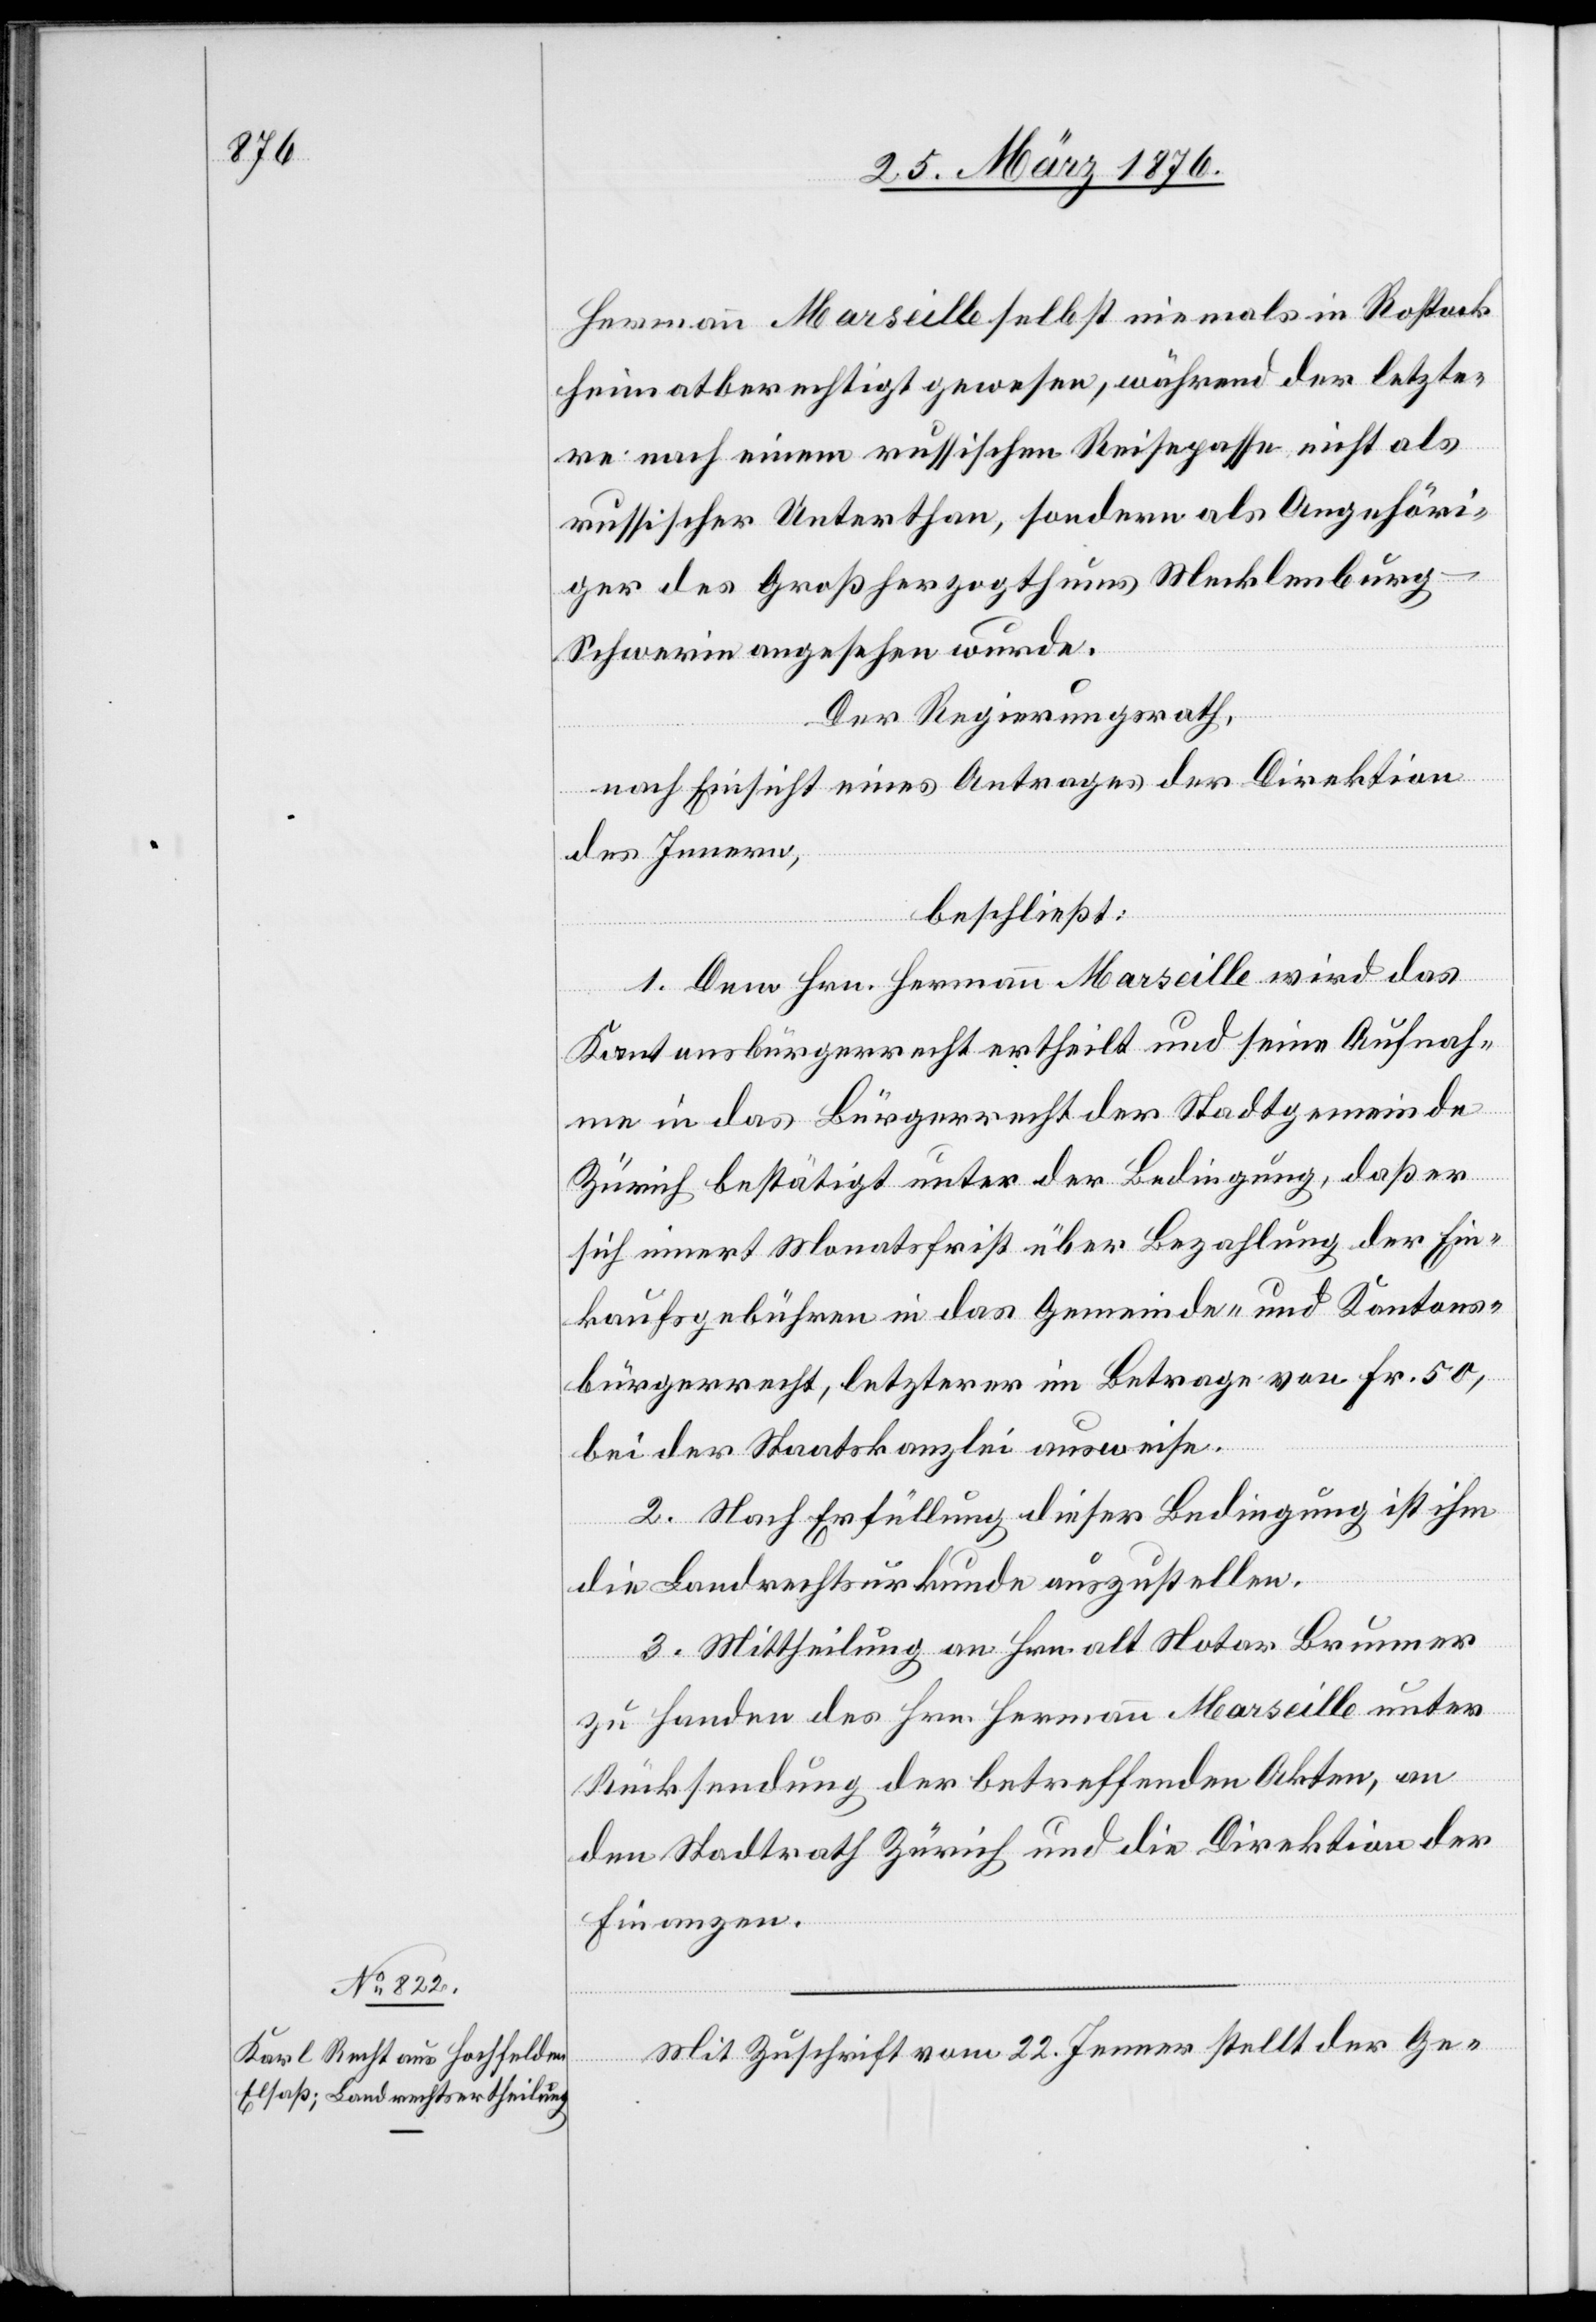
Mit Zuschrift vom 22. Jenner stellt der Ge-